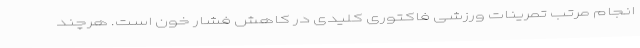
انجام مرتب تمرینات ورزشی فاکتوری کلیدی در کاهش فشار خون است. هرچند